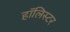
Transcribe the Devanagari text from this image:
हॉलिस्टर